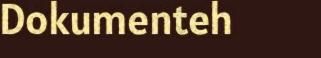
Dokumenteh